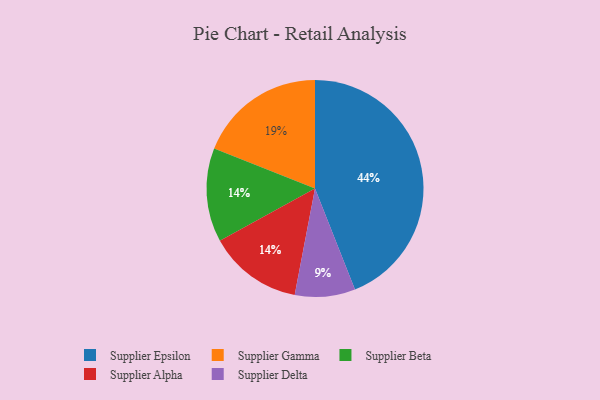
{"axis": {"x": "Category", "y": "Percentage"}, "legend": ["Supplier Alpha", "Supplier Beta", "Supplier Delta", "Supplier Epsilon", "Supplier Gamma"], "data": [{"x": "Supplier Beta", "y": 14, "type": "Supplier Beta"}, {"x": "Supplier Epsilon", "y": 44, "type": "Supplier Epsilon"}, {"x": "Supplier Gamma", "y": 19, "type": "Supplier Gamma"}, {"x": "Supplier Alpha", "y": 14, "type": "Supplier Alpha"}, {"x": "Supplier Delta", "y": 9, "type": "Supplier Delta"}]}